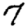
Digit: 7